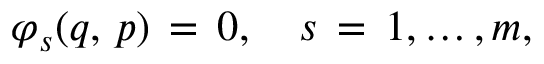
\varphi _ { s } ( q , \, p ) \, = \, 0 , \quad s \, = \, 1 , \dots , m ,